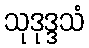
သုဒုဒ္ဒသံ